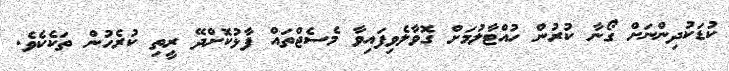
ކުޑަކުދިންނަށް ގޯނާ ކުރުން ހުއްޓާލުމަށް ގޮވާލެވިފައިވާ މެސެޖްތައް ފާޅުކޮށްދޭ ރީތި ކުރެހުން ތަކެކެވެ.